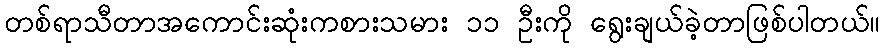
တစ်ရာသီတာအကောင်းဆုံးကစားသမား ၁၁ ဦးကို ရွေးချယ်ခဲ့တာဖြစ်ပါတယ်။